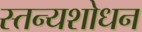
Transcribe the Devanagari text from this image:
स्तन्यशोधन